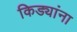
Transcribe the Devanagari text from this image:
किड्यांना